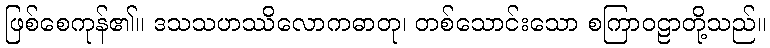
ဖြစ်စေကုန်၏။ ဒသသဟဿိလောကဓာတု၊ တစ်သောင်းသော စကြာဝဠာတို့သည်။